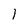
Character: 1